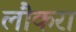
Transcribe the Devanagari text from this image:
लौकरा